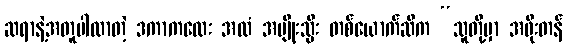
ဆရာနဲ့အတူပါလာတဲ့ ဒကာကလေး အထံ အမျိုးသ္မီး တစ်ယောက်ဆီက “သူတို့မှာ အဖိုးတန်